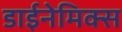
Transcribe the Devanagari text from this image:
डाईनेमिक्स